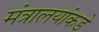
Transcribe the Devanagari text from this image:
मंत्रालयांकडे